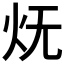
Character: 𭴊